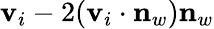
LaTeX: \mathbf v_{i}-2(\mathbf v_{i}\cdot\mathbf n_{w})\mathbf n_{w}